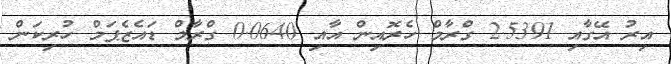
އިރު އޭގާއި 2.5391 ގްރާމް ހެރޮއިން އާއި 0.0640 ގްރާމް ޑައެޒެޕަމް ހުރިކަން